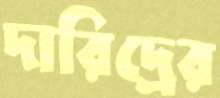
দারিদ্রের